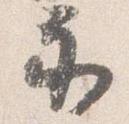
示